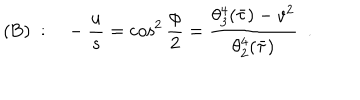
( \mathrm { B } ) ~ : \ \ \ - { \frac { u } { s } } = \cos ^ { 2 } { \frac { \phi } { 2 } } = { \frac { \theta _ { 3 } ^ { 4 } ( \bar { \tau } ) - v ^ { 2 } } { \theta _ { 2 } ^ { 4 } ( \bar { \tau } ) } } \ \ .